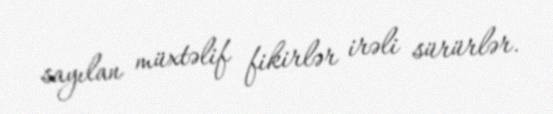
sayılan müxtəlif fikirlər irəli sürürlər.